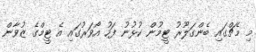
މި މެޗްގައި ބެންގަލޫރު ޓީމުން ކުޅުނު ފަހު އޯވަރުގައި އެ ޓީމްގެ ޒުވާން